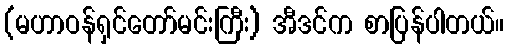
(မဟာဝန်ရှင်တော်မင်းကြီး) အီဒင်က စာပြန်ပါတယ်။